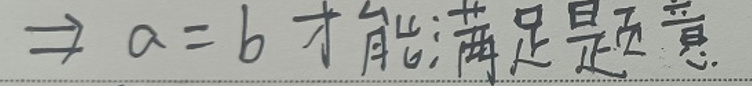
$\Rightarrow a = b $才能满足题意.